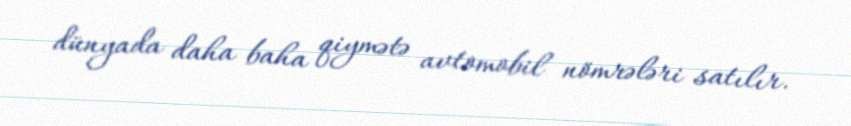
dünyada daha baha qiymətə avtomobil nömrələri satılır.